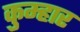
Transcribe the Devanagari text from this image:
कुम्‍हार